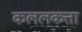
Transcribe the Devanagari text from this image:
कललकत्ता